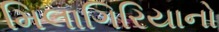
મિલાગિરિયાનો